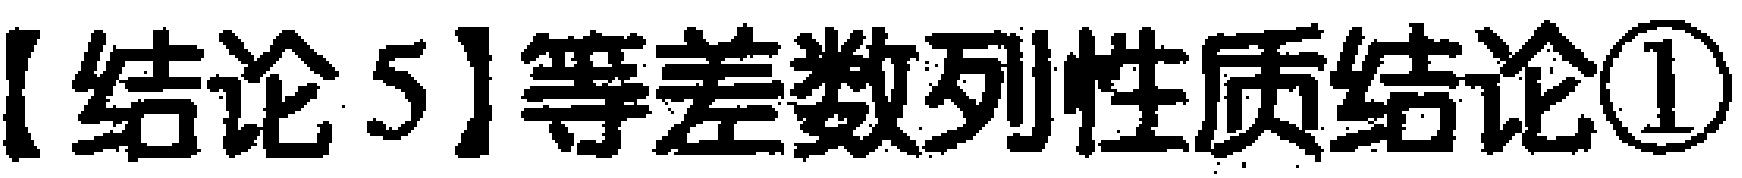
【结论5】等差数列性质结论\textcircled{1}